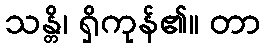
သန္တိ၊ ရှိကုန်၏။ တာ